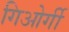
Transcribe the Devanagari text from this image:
गिओर्गी